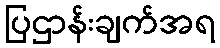
ပြဌာန်းချက်အရ